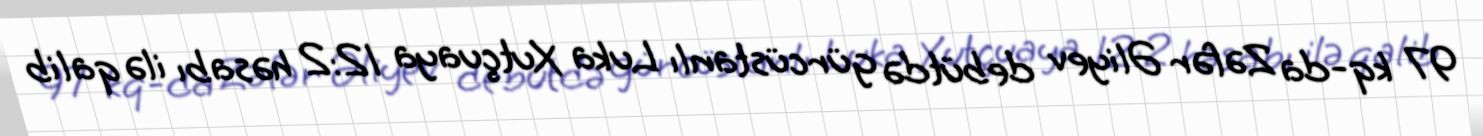
97 kq-da Zəfər Əliyev debütdə gürcüstanlı Luka Xutçuaya 12:2 həsabı ilə qalib